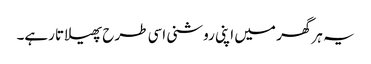
یہ ہر گھر میں اپنی روشنی اسی طرح پھیلاتا رہے۔